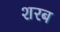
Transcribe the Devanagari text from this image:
शरब